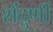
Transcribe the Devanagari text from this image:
शेंदुर्णी